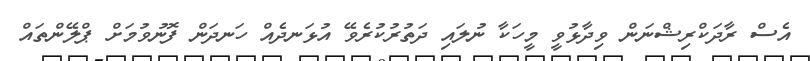
އެސް ރާދަކްރިޝްނަން ވިދާޅުވީ މީހަކާ ނުލައި ދަތުރުކުރެވޭ އުޅަނދެއް ހަނދަން ފޮނުވުމަށް ޕްލޭންތައް